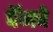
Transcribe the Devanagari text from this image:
पॅनचे